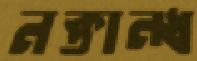
নক্তান্ধ